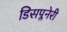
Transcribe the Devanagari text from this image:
डिसप्लनेरी